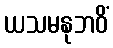
ယသမနုဘဝိံ